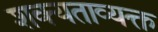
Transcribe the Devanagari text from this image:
शक्यताव्यक्त